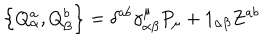
\left\{ Q _ { \alpha } ^ { a } , Q _ { \beta } ^ { b } \right\} = \delta ^ { a b } \gamma _ { \alpha \beta } ^ { \mu } P _ { \mu } + 1 _ { \alpha \beta } Z ^ { a b }